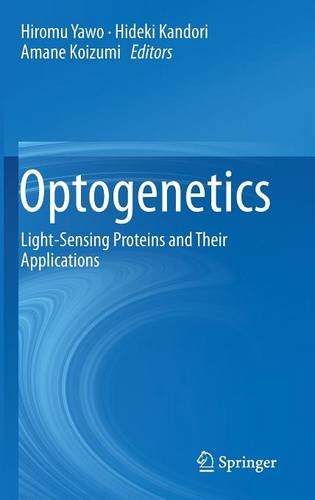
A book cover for Optogenetics: Light-Sensing Proteins and Their Applications; Medical Books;